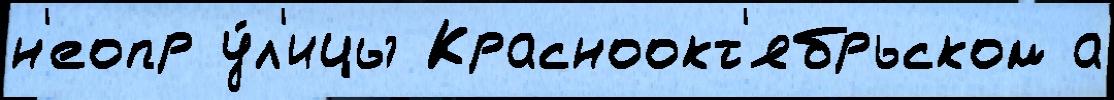
н'еопр у́л'ицы Красноокт'ябрьском а